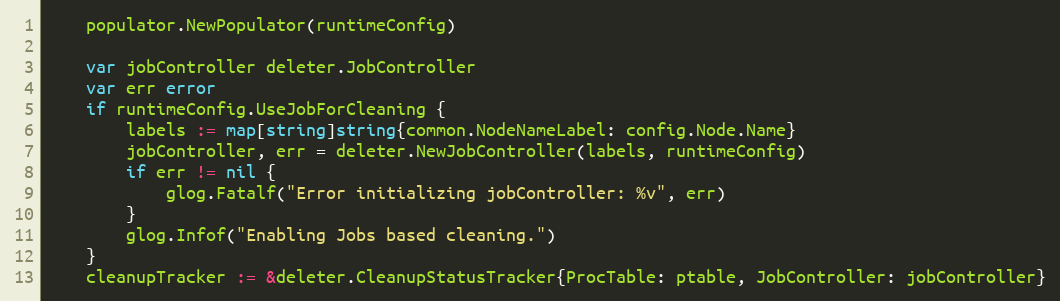
Language: Go
	populator.NewPopulator(runtimeConfig)

	var jobController deleter.JobController
	var err error
	if runtimeConfig.UseJobForCleaning {
		labels := map[string]string{common.NodeNameLabel: config.Node.Name}
		jobController, err = deleter.NewJobController(labels, runtimeConfig)
		if err != nil {
			glog.Fatalf("Error initializing jobController: %v", err)
		}
		glog.Infof("Enabling Jobs based cleaning.")
	}
	cleanupTracker := &deleter.CleanupStatusTracker{ProcTable: ptable, JobController: jobController}